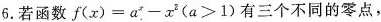
6.若函数$$f(x)=a^{x}-x^{2}(a>1)$$有三个不同的零点，